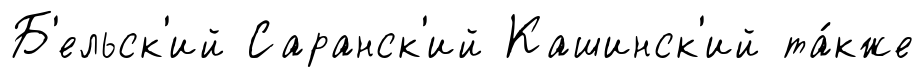
Б'ельск'ий Саранск'ий Кашинск'ий та́кже